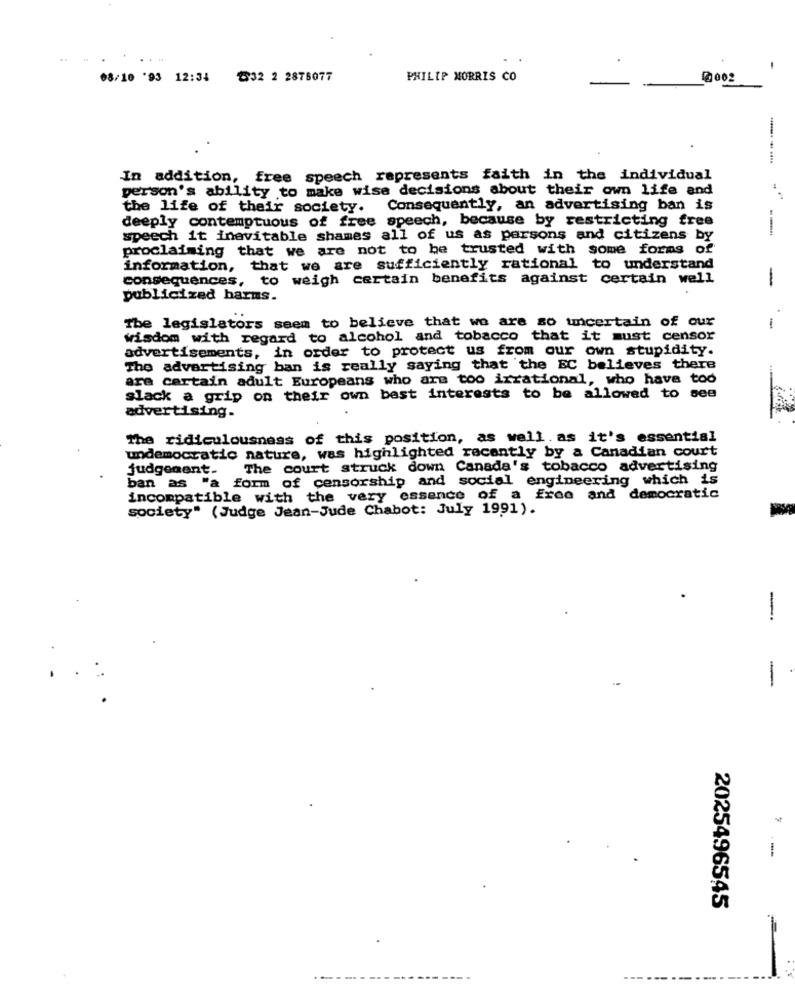
08/10 '93 12:34
832 2 2876077
PHILIP MORRIS CO
0002
In addition, free speech represents faith in the individual
person's ability to make wise decisions about their own life and
the life of their society. Consequently, an advertising ban is
deeply contemptuous of free speech, because by restricting free
speech it inevitable shames all of us as persons and citizens by
proclaiming that we are not to be trusted with some forms of
information, that we are sufficiently rational to understand
consequences, to weigh certain benefits against certain well
-
publicized harms.
The legislators seem to believe that we are so uncertain of our
wisdom with regard to alcohol and tobacco that it must censor
advertisements, in order to protect us from our own stupidity.
The advertising ban is really saying that the EC believes there
are certain adult Europeans who are too irrational, who have too
slack a grip on their own best interests to be allowed to see
advertising.
The ridiculousness of this position, as well. as it's essential
undemocratic nature, was highlighted recently by a Canadian court
judgement-
The court struck down Canada's tobacco advertising
ban as "a form of censorship and social engineering which is
incompatible with the very essence of a free and democratic
society" (Judge Jean-Jude Chabot: July 1991).
-
-
-
2025496545
------------